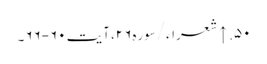
۵۰. ↑ شعراء/سوره۲۶، آیت ۶۰-۶۶۔